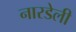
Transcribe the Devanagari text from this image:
नारडेली